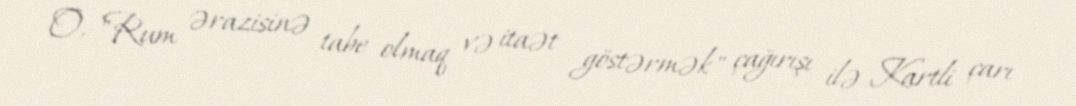
O, "Rum ərazisinə tabe olmaq və itaət göstərmək" çağırışı ilə Kartli çarı